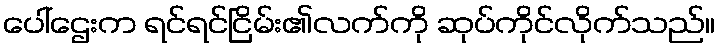
ပေါ်ဌေးက ရင်ရင်ငြိမ်း၏လက်ကို ဆုပ်ကိုင်လိုက်သည်။